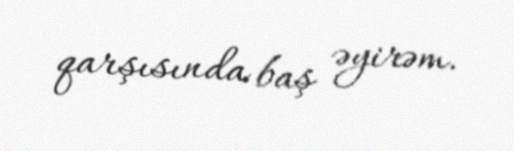
qarşısında baş əyirəm.